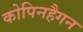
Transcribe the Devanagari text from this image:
कोपिनहैगन